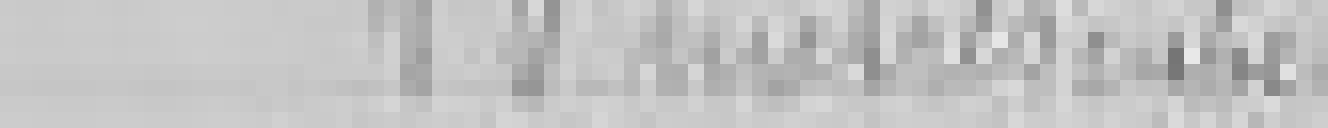
entrée : 10 mètres cubes